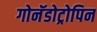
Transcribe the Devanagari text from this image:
गोनॅडोट्रोपिन